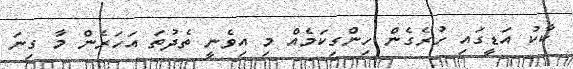
ކާކު އަޑީގައި ހުރެގެން ހިންގިކަމެއް މި އިވެނީ ތެދުތަ އަހަރެން މާ ގިނަ